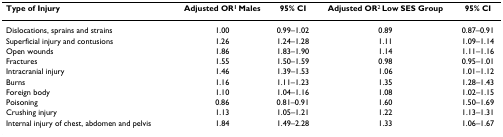
<table><thead><tr><td><b>Type of Injury</b></td><td><b>Adjusted OR<sup>1 </sup>Males</b></td><td><b>95% CI</b></td><td><b>Adjusted OR<sup>2 </sup>Low SES Group</b></td><td><b>95% CI</b></td></tr></thead><tbody><tr><td>Dislocations, sprains and strains</td><td>1.00</td><td>0.99–1.02</td><td>0.89</td><td>0.87–0.91</td></tr><tr><td>Superficial injury and contusions</td><td>1.26</td><td>1.24–1.28</td><td>1.11</td><td>1.09–1.14</td></tr><tr><td>Open wounds</td><td>1.86</td><td>1.83–1.90</td><td>1.14</td><td>1.11–1.16</td></tr><tr><td>Fractures</td><td>1.55</td><td>1.50–1.59</td><td>0.98</td><td>0.95–1.01</td></tr><tr><td>Intracranial injury</td><td>1.46</td><td>1.39–1.53</td><td>1.06</td><td>1.01–1.12</td></tr><tr><td>Burns</td><td>1.16</td><td>1.11–1.23</td><td>1.35</td><td>1.28–1.43</td></tr><tr><td>Foreign body</td><td>1.10</td><td>1.04–1.16</td><td>1.08</td><td>1.02–1.15</td></tr><tr><td>Poisoning</td><td>0.86</td><td>0.81–0.91</td><td>1.60</td><td>1.50–1.69</td></tr><tr><td>Crushing injury</td><td>1.13</td><td>1.05–1.21</td><td>1.22</td><td>1.13–1.31</td></tr><tr><td>Internal injury of chest, abdomen and pelvis</td><td>1.84</td><td>1.49–2.28</td><td>1.33</td><td>1.06–1.67</td></tr></tbody></table>